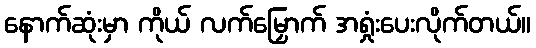
နောက်ဆုံးမှာ ကိုယ် လက်မြှောက် အရှုံးပေးလိုက်တယ်။